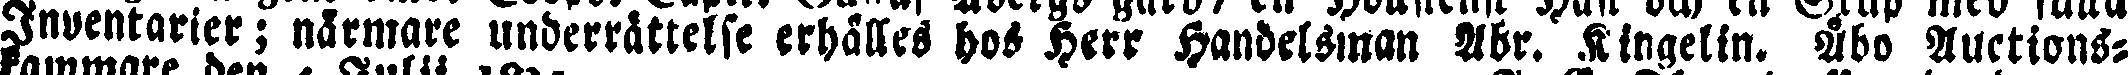
Inventarier ; närmare underrättelse erhålles hos Herr Handelsman Abr. Kingelin. Åbo Auctions-